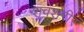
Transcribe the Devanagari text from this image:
शवशरीरं